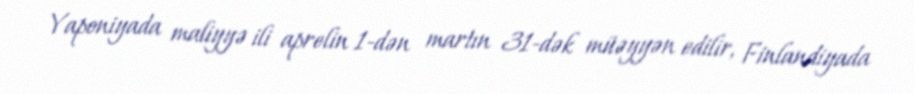
Yaponiyada maliyyə ili aprelin 1-dən martın 31-dək müəyyən edilir, Finlandiyada